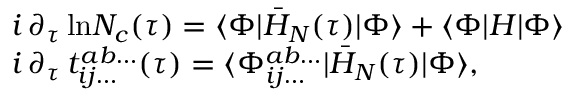
\begin{array} { r l } & { i \, \partial _ { \tau } \, \mathrm { l n } N _ { c } ( \tau ) = \langle \Phi | \bar { H } _ { N } ( \tau ) | \Phi \rangle + \langle \Phi | H | \Phi \rangle } \\ & { i \, \partial _ { \tau } \, t _ { i j \dots } ^ { a b \dots } ( \tau ) = \langle \Phi _ { i j \dots } ^ { a b \dots } | \bar { H } _ { N } ( \tau ) | \Phi \rangle , } \end{array}